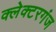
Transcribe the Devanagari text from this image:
क्लेक्टरगंज